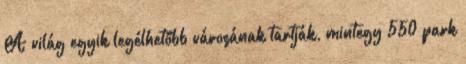
A világ egyik legélhetőbb városának tartják, mintegy 550 park